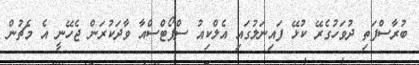
ބުރާސްފަތި ދުވަހުގެރޭ ކުޅޭ ފައިނަލުގައި އެލްކިއު ސްޕޯޓްސްއާ ވާދަކުރަން ޖެހޭނީ އެ މެޗުން